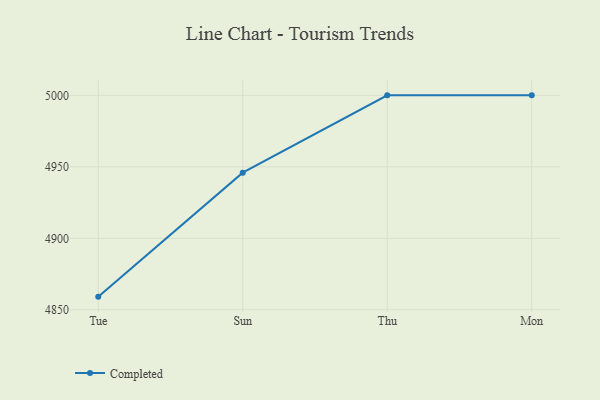
{"axis": {"x": "Day", "y": "Active Users"}, "legend": ["Completed"], "data": [{"x": "Tue", "y": 4859.2, "type": "Completed"}, {"x": "Sun", "y": 4945.9, "type": "Completed"}, {"x": "Thu", "y": 5000, "type": "Completed"}, {"x": "Mon", "y": 5000, "type": "Completed"}]}